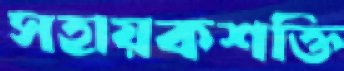
সহায়কশক্তি